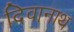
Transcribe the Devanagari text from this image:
दिवानाथ